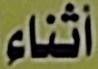
أثناء